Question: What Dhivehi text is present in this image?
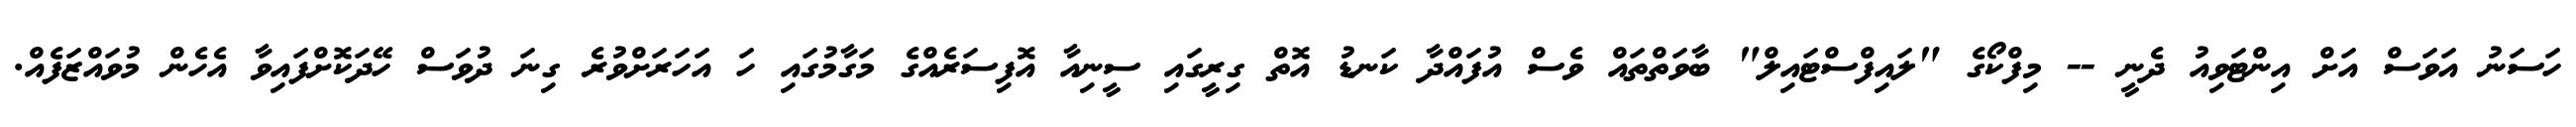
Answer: ހަސަނު އަވަސް އަށް އިންޓަވިއު ދެނީ -- މިފްކޯގެ "ލައިފްސްޓައިލް" ބާވަތްތައް ވެސް އުފައްދާ ކަނޑު އޮތް ގިރީގައި ސީނިއާ އޮފިސަރެއްގެ މަގާމުގައި ހަ އަހަރަށްވުރެ ގިނަ ދުވަސް ހޭދަކޮށްފައިވާ އެހެން މުވައްޒަފެއް.